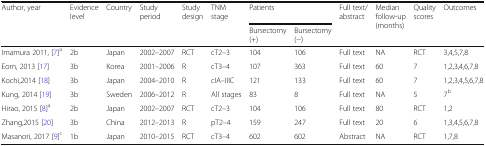
| <ROWSPAN=2> Author, year | Evidence level | <ROWSPAN=2> Country | <ROWSPAN=2> Study period | <ROWSPAN=2> Study design | TNM stage | <COLSPAN=2> Patients | Full text/abstract | <ROWSPAN=2> Median follow-up (months) | <ROWSPAN=2> Quality scores | <ROWSPAN=2> Outcomes |
 |  |  | Bursectomy (+) | Bursectomy (−) |  |
 | --- | --- | --- | --- | --- | --- | --- | --- | --- | --- | --- | --- |
 | Imamura 2011, [7]a | 2b | Japan | 2002–2007 | RCT | cT2–3 | 104 | 106 | Full text | NA | RCT | 3,4,5,7,8 |
 | Eom, 2013 [17] | 3b | Korea | 2001–2006 | R | cT3–4 | 107 | 363 | Full text | 60 | 7 | 1,2,3,4,6,7,8 |
 | Kochi,2014 [18] | 3b | Japan | 2004–2010 | R | cIA–IIIC | 121 | 133 | Full text | 60 | 7 | 1,2,3,4,5,6,7,8 |
 | Kung, 2014 [19] | 3b | Sweden | 2006–2012 | R | All stages | 83 | 8 | Full text | NA | 5 | 7b |
 | Hirao, 2015 [8]a | 2b | Japan | 2002–2007 | RCT | cT2–3 | 104 | 106 | Full text | 80 | RCT | 1,2 |
 | Zhang,2015 [20] | 3b | China | 2012–2013 | R | pT2–4 | 159 | 247 | Full text | 20 | 6 | 1,3,4,5,6,7,8 |
 | Masanori, 2017 [9]c | 1b | Japan | 2010–2015 | RCT | cT3–4 | 602 | 602 | Abstract | NA | RCT | 1,7,8 |